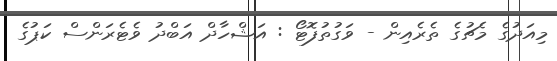
މިއަދުގެ މެޗުގެ ތެރެއިން - ވަގުތުފޮޓޯ : އަޝްހާދް އަބްދު ވެޓެރަންސް ކަޕުގެ